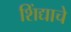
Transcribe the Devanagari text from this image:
शिंद्याचे